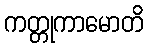
ကတ္တုကာမောတိ